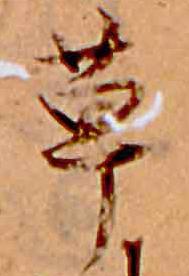
草